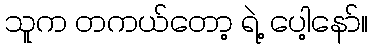
သူက တကယ်တော့ ရဲ့ ပေါ့နော်။